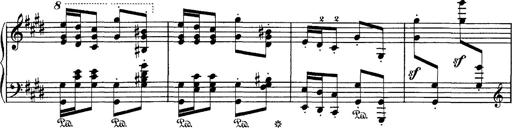
Title: Hungarian Rhapsody No.1
Composer: Franz Liszt
Key: C-sharp minor